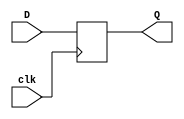
module Rising_Edge_DFF(
	input D,
	input clk,
	output reg Q
);

	always @(posedge clk)
	begin
	
		Q <= D;
	
	end
		
	
endmodule